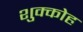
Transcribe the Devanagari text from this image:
शुक्कोह